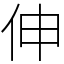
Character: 伸